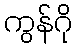
ကွန်ဂို